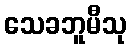
သေခဘူမီသု